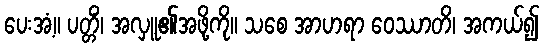
ပေးအံ့။ ပတ္တိံ၊ အလှူ၏အဖို့ကို။ သစေ အာဟရာ ဝေဿာတိ၊ အကယ်၍